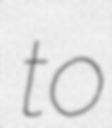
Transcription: to